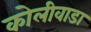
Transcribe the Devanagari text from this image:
कोलीवाडा